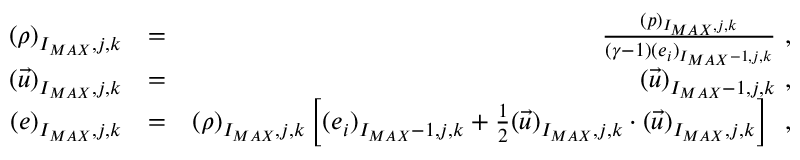
\begin{array} { r l r } { { ( \rho ) _ { I _ { M A X } , j , k } } } & { { } { = } } & { { \frac { ( p ) _ { I _ { M A X } , j , k } } { ( \gamma - 1 ) ( e _ { i } ) _ { I _ { M A X } - 1 , j , k } } \mathrm { ~ , ~ } } } \\ { { ( \vec { u } ) _ { I _ { M A X } , j , k } } } & { { } { = } } & { { ( \vec { u } ) _ { I _ { M A X } - 1 , j , k } \mathrm { ~ , ~ } } } \\ { { ( e ) _ { I _ { M A X } , j , k } } } & { { } { = } } & { { ( \rho ) _ { I _ { M A X } , j , k } \left[ ( e _ { i } ) _ { I _ { M A X } - 1 , j , k } + \frac { 1 } { 2 } ( \vec { u } ) _ { I _ { M A X } , j , k } \cdot ( \vec { u } ) _ { I _ { M A X } , j , k } \right] \, \mathrm { ~ , ~ } } } \end{array}